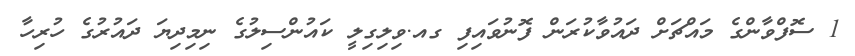
1 ސޮފްވާންގެ މައްޗަށް ދައުވާކުރަން ފޮނުވައިފި ގއ.ވިލިގިލީ ކައުންސިލުގެ ނިމިދިޔަ ދައުރުގެ ހުރިހާ